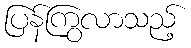
ပြန်ကြွလာသည့်